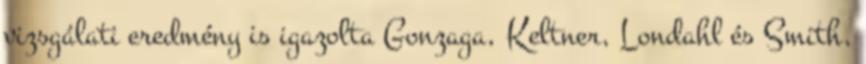
vizsgálati eredmény is igazolta Gonzaga, Keltner, Londahl és Smith,